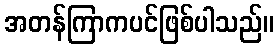
အတန်ကြာကပင်ဖြစ်ပါသည်။